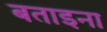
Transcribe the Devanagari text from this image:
बताइना